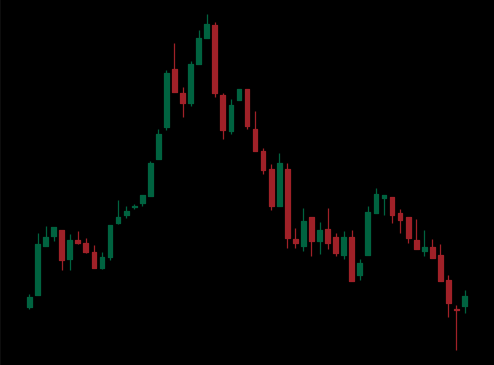
Pattern: head_shoulders